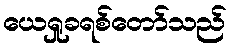
ယေရှုခရစ်တော်သည်